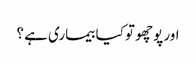
اور پوچھو تو کیا بیماری ہے ؟